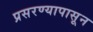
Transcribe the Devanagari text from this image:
प्रसरण्यापासून